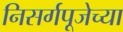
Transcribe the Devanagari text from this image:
निसर्गपूजेच्या